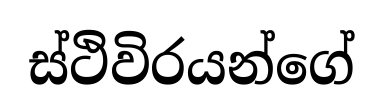
ස්ථිවිරයන්ගේ